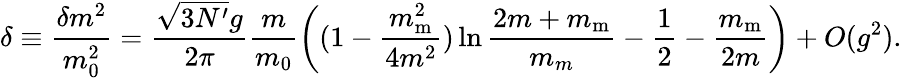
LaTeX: \delta\equiv{\frac{\delta m_{}^{2}}{m_{0}^{2}}}=\frac{\sqrt{3N^{\prime}}g}{2\pi}\frac{m}{m_{0}}\left((1-\frac{m_{\mathrm m}^{2}}{4m^{2}})\ln\frac{2m+m_{\mathrm m}}{m_{m}}-\frac 12-\frac{m_{\mathrm m}}{2m}\right)+O(g^{2}).